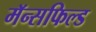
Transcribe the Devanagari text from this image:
मॅन्सफिल्ड